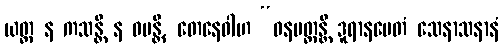
ယတ္ထ န ကသန္တိ န ဝပန္တိ, တေနေဝါဟ “ဝနပတ္ထန္တိ ဒူရာနမေတံ သေနာသနာနံ